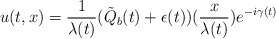
\begin{align*}u(t,x)=\frac{1}{\lambda(t)}(\tilde{Q}_{b}(t)+\epsilon(t))(\frac{x}{\lambda(t)})e^{-i\gamma(t)}\end{align*}